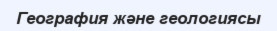
География және геологиясы